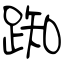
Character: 踟